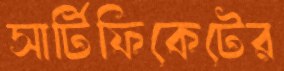
সার্টিফিকেটের